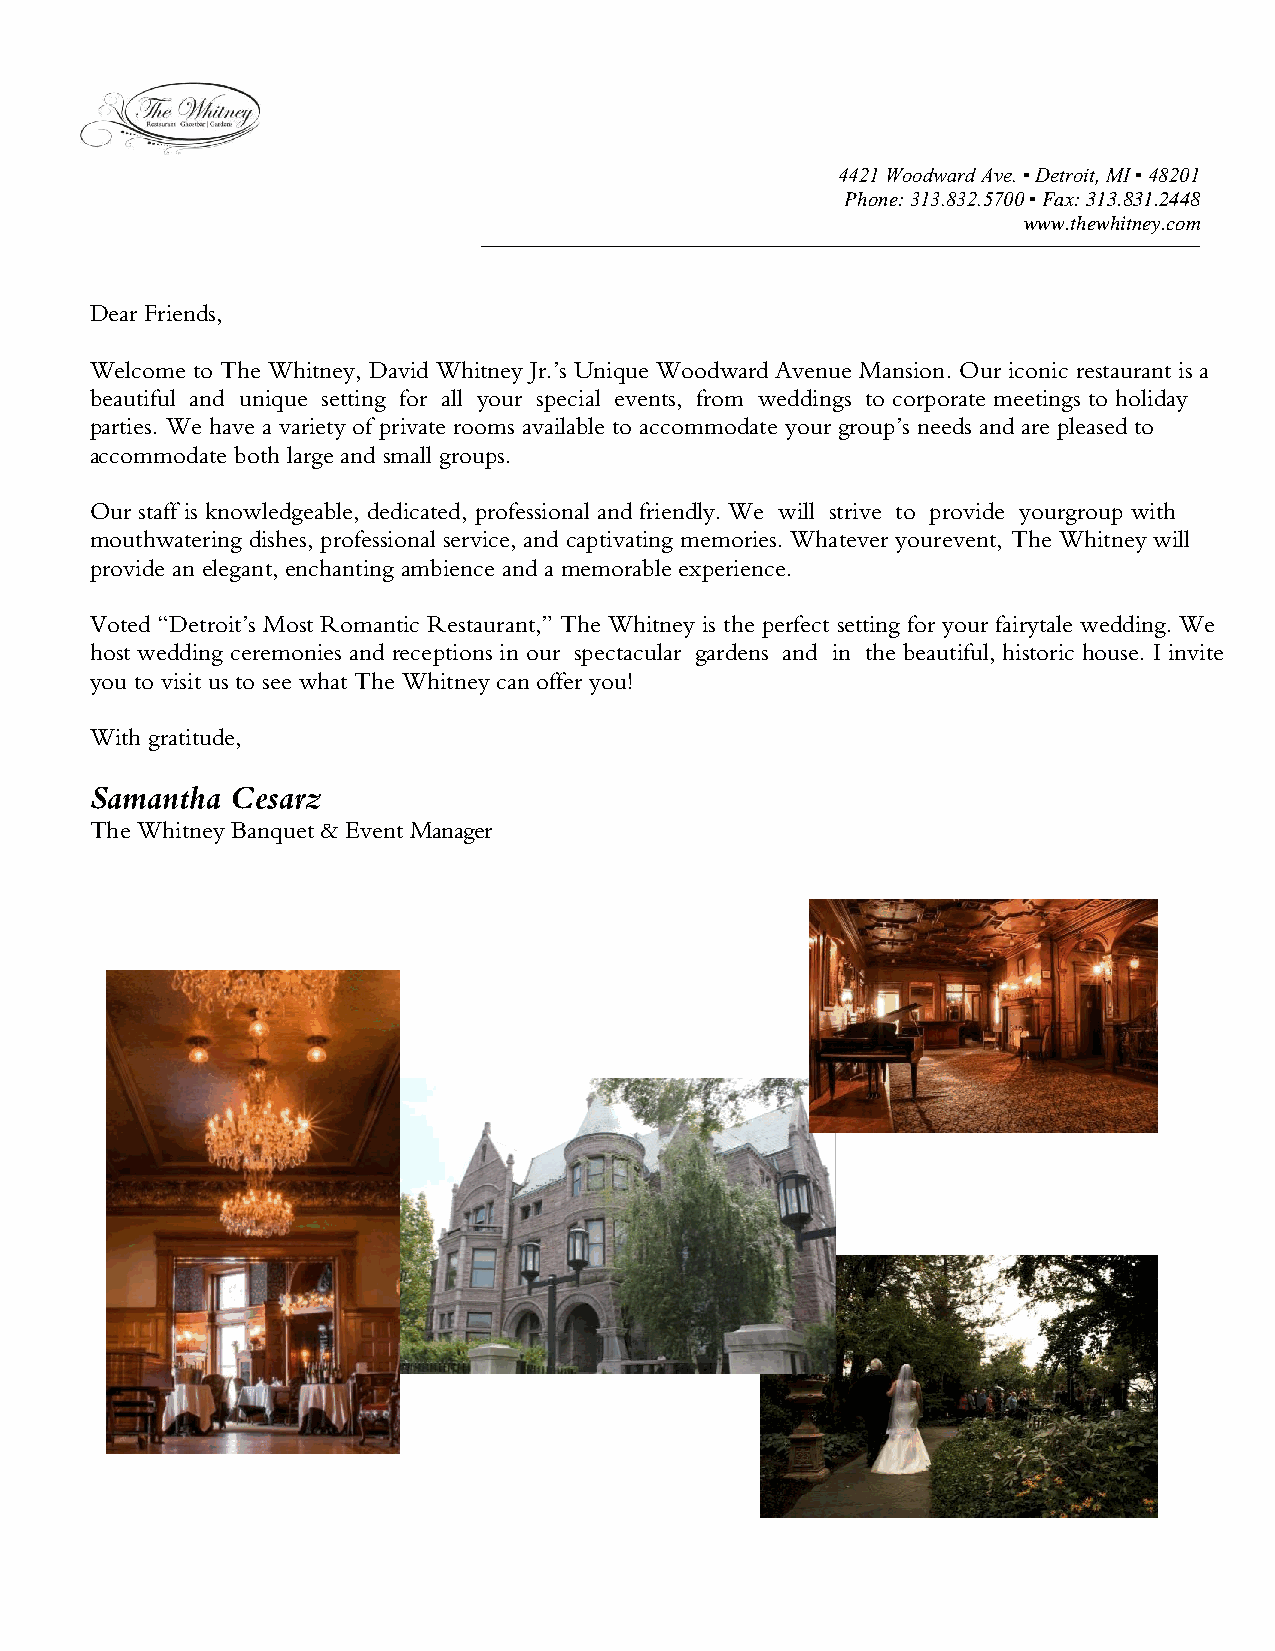
4421 Woodward Ave. ▪ Detroit, MI ▪ 48201
 Phone: 313.832.5700 ▪ Fax: 313.831.2448
 www.thewhitney.com
 Dear Friends,
 Welcome to The Whitney, David Whitney Jr.’s Unique Woodward Avenue Mansion. Our iconic restaurant is a
 beautiful and unique setting for all your special events, from weddings to corporate meetings to holiday
 parties. We have a variety of private rooms available to accommodate your group’s needs and are pleased to
 accommodate both large and small groups.
 Our staff is knowledgeable, dedicated, professional and friendly. We will strive to provide your group with
 mouthwatering dishes, professional service, and captivating memories. Whatever your event, The Whitney will
 provide an elegant, enchanting ambience and a memorable experience.
 Voted “Detroit’s Most Romantic Restaurant,” The Whitney is the perfect setting for your fairytale wedding. We
 host wedding ceremonies and receptions in our spectacular gardens and in the beautiful, historic house. I invite
 you to visit us to see what The Whitney can offer you!
 With gratitude,
 Samantha Cesarz
 The Whitney Banquet & Event Manager